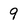
Character: 9